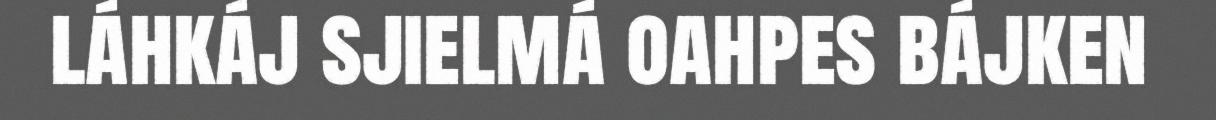
láhkáj sjielmá oahpes bájken